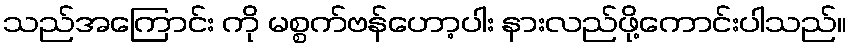
သည်အကြောင်း ကို မစ္စက်ဗန်ဟော့ပါး နားလည်ဖို့ကောင်းပါသည်။